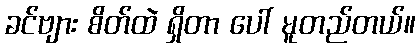
ခင်ဗျား စိတ်ထဲ ရှိတာ ပေါ် မူတည်တယ်။